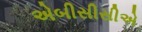
એબીસીસીએ